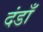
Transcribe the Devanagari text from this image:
दंडाँ